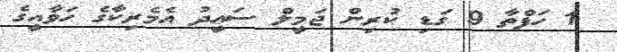
1 ހަފްތާ 9 ގަޑި ކުރިން ޖަމީލް ސަޢީދު އެމެރިކާގެ ހަވާއީގެ